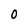
Character: 0